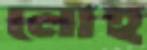
লোহ